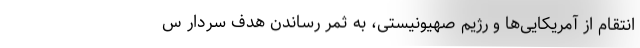
انتقام از آمریکایی‌ها و رژیم صهیونیستی، به ثمر رساندن هدف سردار س